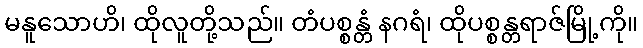
မနူသောဟိ၊ ထိုလူတို့သည်။ တံပစ္စန္တံ နဂရံ၊ ထိုပစ္စန္တရာဇ်မြို့ကို။